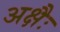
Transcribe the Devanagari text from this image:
अक्षैः